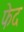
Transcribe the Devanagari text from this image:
फेद